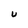
Character: U